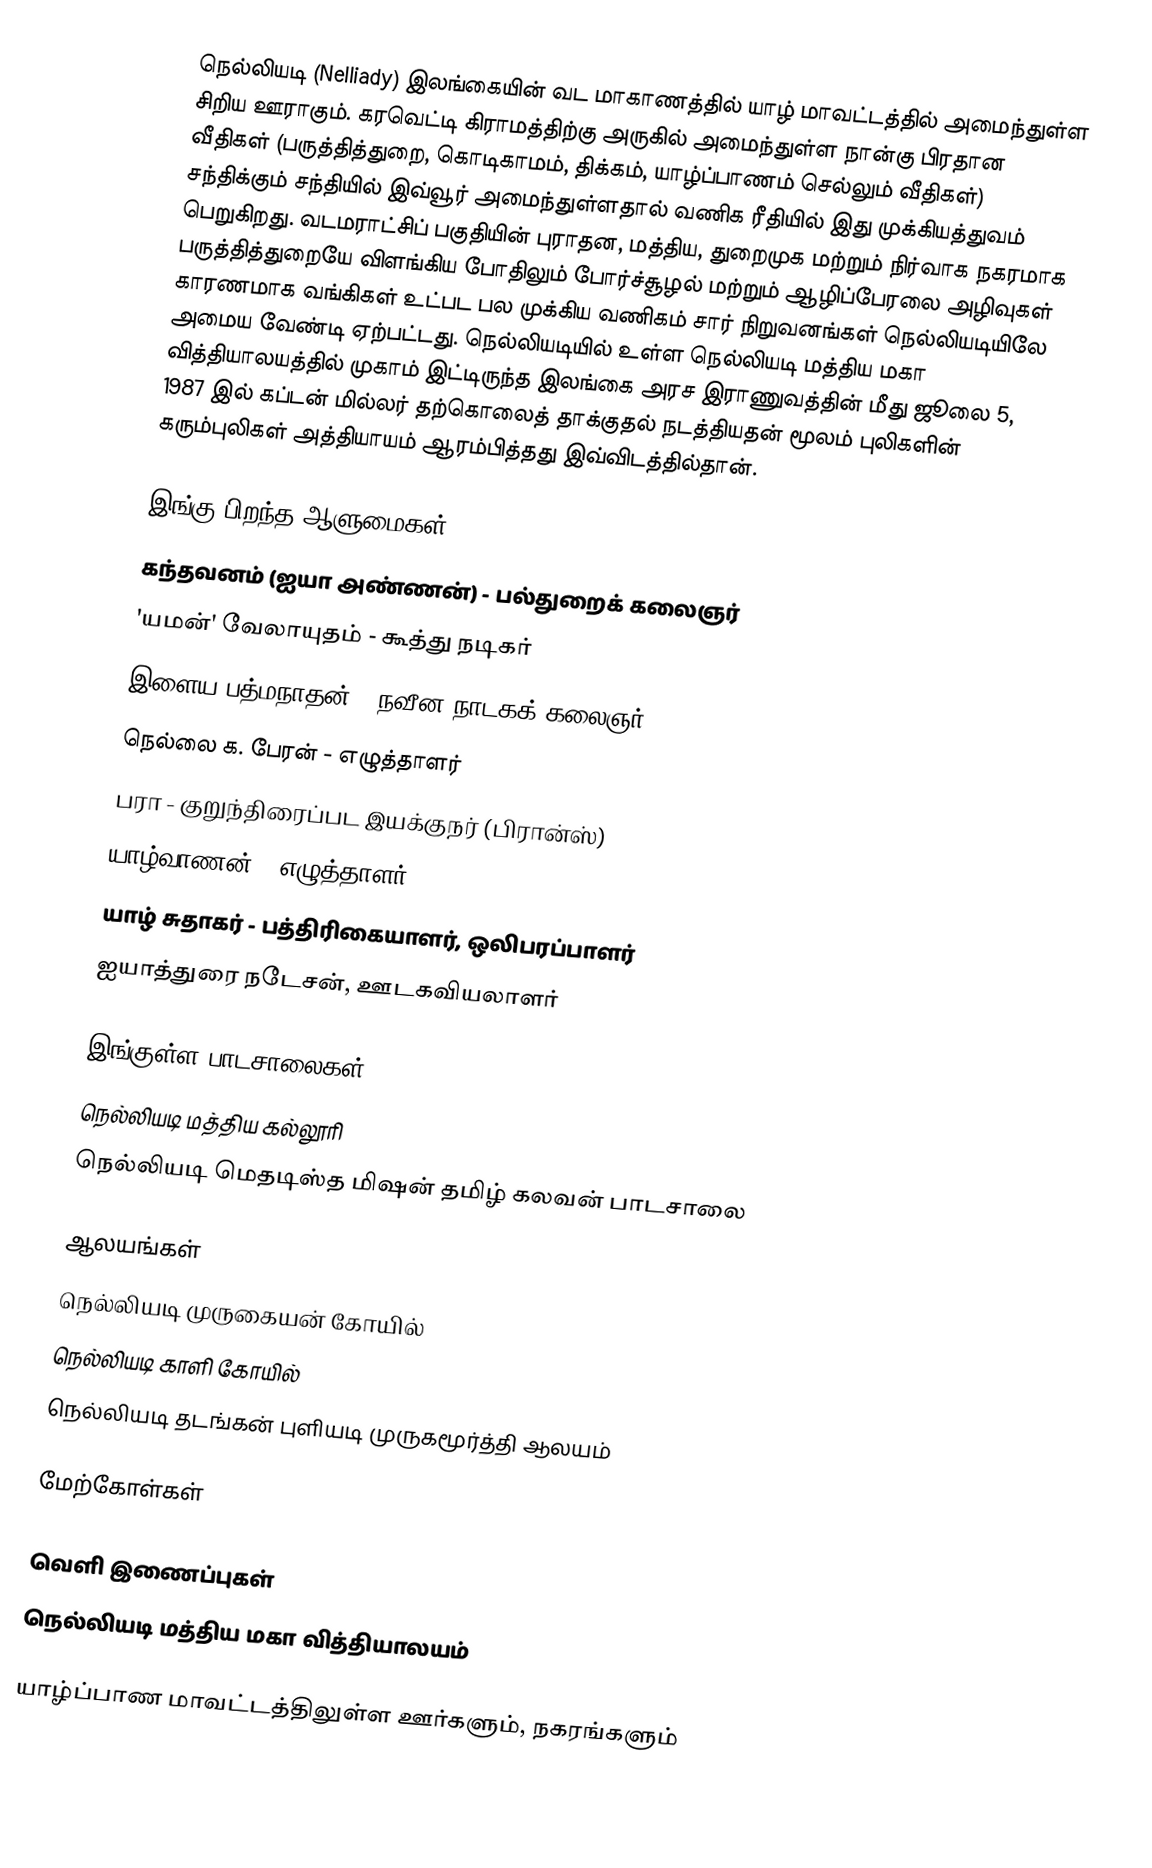
நெல்லியடி (Nelliady) இலங்கையின் வட மாகாணத்தில் யாழ் மாவட்டத்தில் அமைந்துள்ள சிறிய ஊராகும். கரவெட்டி கிராமத்திற்கு அருகில் அமைந்துள்ள நான்கு பிரதான வீதிகள் (பருத்தித்துறை, கொடிகாமம், திக்கம், யாழ்ப்பாணம் செல்லும் வீதிகள்) சந்திக்கும் சந்தியில் இவ்வூர் அமைந்துள்ளதால் வணிக ரீதியில் இது முக்கியத்துவம் பெறுகிறது. வடமராட்சிப் பகுதியின் புராதன, மத்திய, துறைமுக மற்றும் நிர்வாக நகரமாக பருத்தித்துறையே விளங்கிய போதிலும் போர்ச்சூழல் மற்றும் ஆழிப்பேரலை அழிவுகள் காரணமாக வங்கிகள் உட்பட பல முக்கிய வணிகம் சார் நிறுவனங்கள் நெல்லியடியிலே அமைய வேண்டி ஏற்பட்டது. நெல்லியடியில் உள்ள நெல்லியடி மத்திய மகா வித்தியாலயத்தில் முகாம் இட்டிருந்த இலங்கை அரச இராணுவத்தின் மீது ஜூலை 5, 1987 இல் கப்டன் மில்லர் தற்கொலைத் தாக்குதல் நடத்தியதன் மூலம் புலிகளின் கரும்புலிகள் அத்தியாயம் ஆரம்பித்தது இவ்விடத்தில்தான்.

இங்கு பிறந்த ஆளுமைகள்
 கந்தவனம் (ஐயா அண்ணன்) - பல்துறைக் கலைஞர்
 'யமன்' வேலாயுதம் - கூத்து நடிகர்
 இளைய பத்மநாதன் - நவீன நாடகக் கலைஞர்
 நெல்லை க. பேரன் - எழுத்தாளர்
 பரா - குறுந்திரைப்பட இயக்குநர் (பிரான்ஸ்)
 யாழ்வாணன் - எழுத்தாளர்
 யாழ் சுதாகர் - பத்திரிகையாளர், ஒலிபரப்பாளர்
 ஐயாத்துரை நடேசன், ஊடகவியலாளர்

இங்குள்ள பாடசாலைகள்
நெல்லியடி மத்திய கல்லூரி
நெல்லியடி மெதடிஸ்த மிஷன் தமிழ் கலவன் பாடசாலை

ஆலயங்கள்
 நெல்லியடி முருகையன் கோயில்
 நெல்லியடி காளி கோயில்
நெல்லியடி தடங்கன் புளியடி முருகமூர்த்தி ஆலயம்

மேற்கோள்கள்

வெளி இணைப்புகள்
நெல்லியடி மத்திய மகா வித்தியாலயம்

யாழ்ப்பாண மாவட்டத்திலுள்ள ஊர்களும், நகரங்களும்